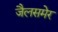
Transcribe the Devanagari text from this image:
जैलसमेर